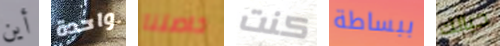
أين واحدة خاصتنا كنت ببساطة حيالك